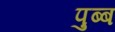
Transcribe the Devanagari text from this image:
पुब्ब